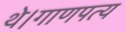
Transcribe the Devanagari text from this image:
थे।गाणपत्य